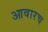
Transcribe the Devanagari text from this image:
आवारच